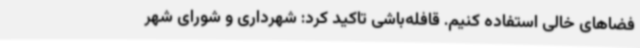
فضاهای خالی استفاده کنیم. قافله‌باشی تاکید کرد: شهرداری و شورای شهر